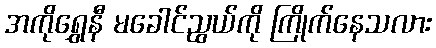
အကိုရွှေနီ မခေါင်ညွယ်ကို ကြိုက်နေသလား